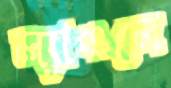
ল্যাঙলে